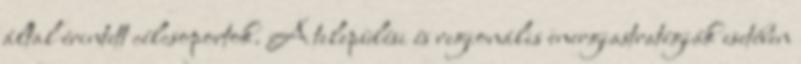
által érintett célcsoportok. A települési és regionális energiastratégiák esetében